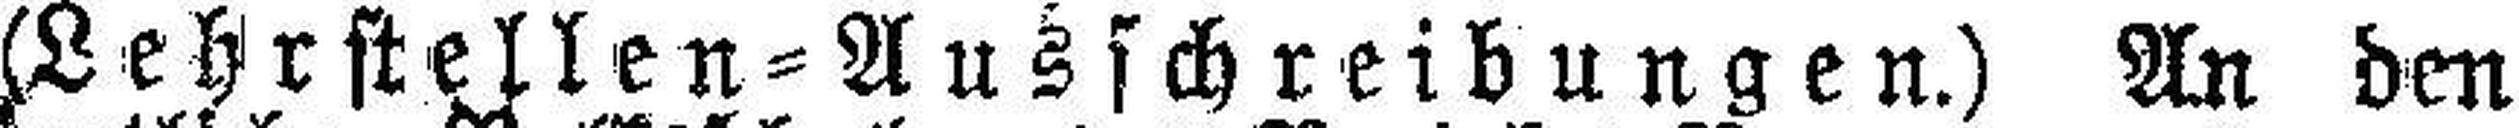
(Lehrstellen = Ausschreibungen.) An den